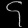
Digit: ၄